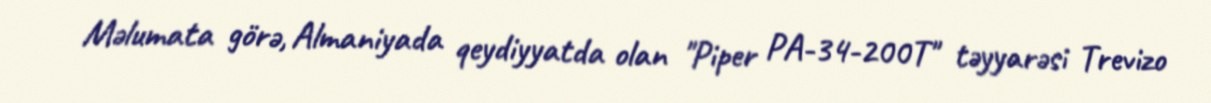
Məlumata görə, Almaniyada qeydiyyatda olan "Piper PA-34-200T" təyyarəsi Trevizo